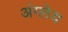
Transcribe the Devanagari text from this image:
अंग्लेय